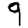
Digit: 9